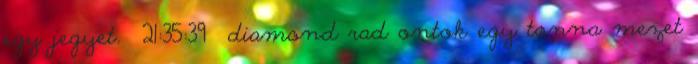
egy jegyet. 21:35:39 diamond rad ontok egy tonna mezet